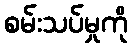
စမ်းသပ်မှုကို